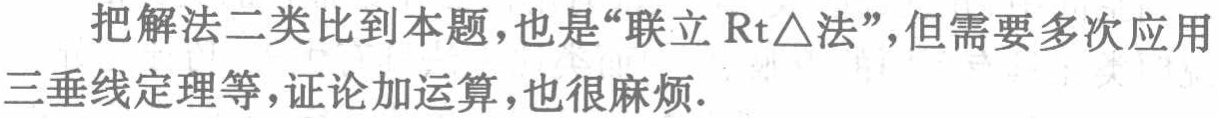
把解法二类比到本题，也是“联立\(Rt\triangle\)法”，但需要多次应用三垂线定理等，证论加运算，也很麻烦.